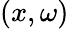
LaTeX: (x,\omega)